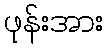
ဖုန်းအား